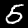
Digit: 5